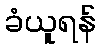
ခံယူရန်